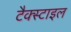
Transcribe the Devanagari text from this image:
टैक्स्टाइल